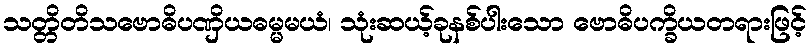
သတ္တိတိသဗောဓိပဏှိယဓမ္မမယံ၊ သုံးဆယ့်ခုနစ်ပါးသော ဗောဓိပက္ခိယတရားဖြင့်